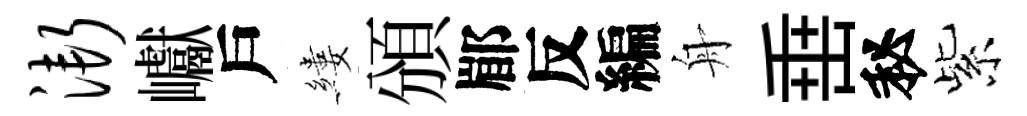
渐巘戶縷頒郿反編舟𡸁秘紫